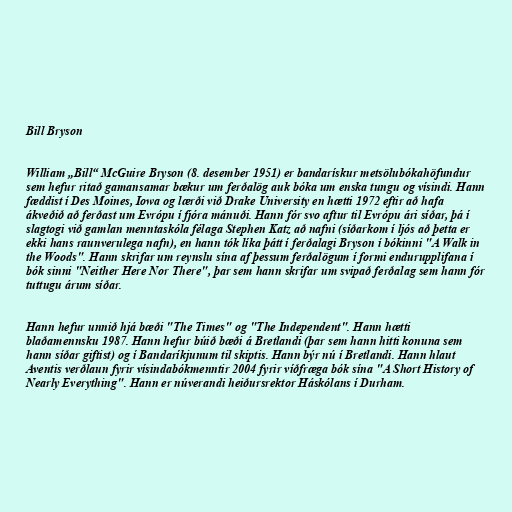
Bill Bryson

William „Bill“ McGuire Bryson (8. desember 1951) er bandarískur metsölubókahöfundur
sem hefur ritað gamansamar bækur um ferðalög auk bóka um enska tungu og vísindi. Hann
fæddist í Des Moines, Iowa og lærði við Drake University en hætti 1972 eftir að hafa
ákveðið að ferðast um Evrópu í fjóra mánuði. Hann fór svo aftur til Evrópu ári síðar, þá í
slagtogi við gamlan menntaskóla félaga Stephen Katz að nafni (síðarkom í ljós að þetta er
ekki hans raunverulega nafn), en hann tók líka þátt í ferðalagi Bryson í bókinni "A Walk in
the Woods". Hann skrifar um reynslu sína af þessum ferðalögum í formi endurupplifana í
bók sinni "Neither Here Nor There", þar sem hann skrifar um svipað ferðalag sem hann fór
tuttugu árum síðar.

Hann hefur unnið hjá bæði "The Times" og "The Independent". Hann hætti
blaðamennsku 1987. Hann hefur búið bæði á Bretlandi (þar sem hann hitti konuna sem
hann síðar giftist) og í Bandaríkjunum til skiptis. Hann býr nú í Bretlandi. Hann hlaut
Aventis verðlaun fyrir vísindabókmenntir 2004 fyrir víðfræga bók sína "A Short History of
Nearly Everything". Hann er núverandi heiðursrektor Háskólans í Durham.